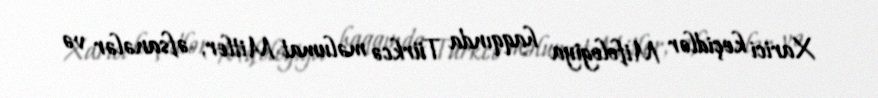
Xarici keçidlər Mifologiya haqqında Türkcə məlumat Mitler, əfsanələr və